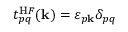
t _ { p q } ^ { \mathrm H F } ( \mathbf k ) = \varepsilon _ { p \mathbf k } \delta _ { p q }